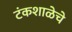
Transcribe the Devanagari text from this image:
टंकशाळेचे